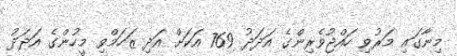
މިނާގައި މަރުވި ހައްޖުވެރިންގެ އަދަދު 769 އަކަށް އަދި ޒަހަމްވި މީހުންގެ އަދަދު